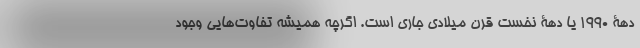
دهۀ 1990 یا دهۀ نخست قرن میلادی جاری است. اگرچه همیشه تفاوت‌هایی وجود